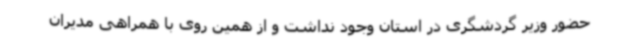
حضور وزیر گردشگری در استان وجود نداشت و از همین روی با همراهی مدیران